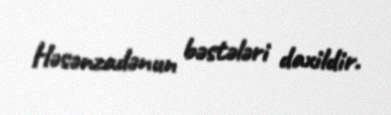
Həsənzadənun bəstələri daxildir.